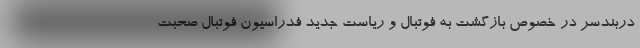
دربندسر در خصوص بازگشت به فوتبال و ریاست جدید فدراسیون فوتبال صحبت